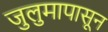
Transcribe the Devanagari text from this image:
जुलुमापासून